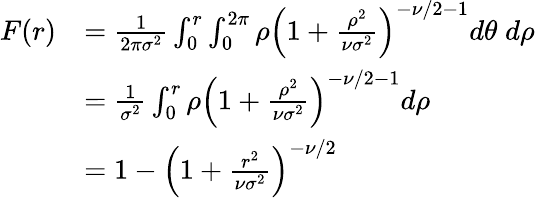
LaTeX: {\begin{array}{rl}{F(r)}&{={\frac{1}{2\pi\sigma^{2}}}\int_{0}^{r}\int_{0}^{2\pi}\rho\left(1+{\frac{\rho^{2}}{\nu\sigma^{2}}}\right)^{-\nu/2-1}d\theta\; d\rho}\\ &{={\frac{1}{\sigma^{2}}}\int_{0}^{r}\rho\left(1+{\frac{\rho^{2}}{\nu\sigma^{2}}}\right)^{-\nu/2-1}d\rho}\\ &{=1-\left(1+{\frac{r^{2}}{\nu\sigma^{2}}}\right)^{-\nu/2}}\end{array}}